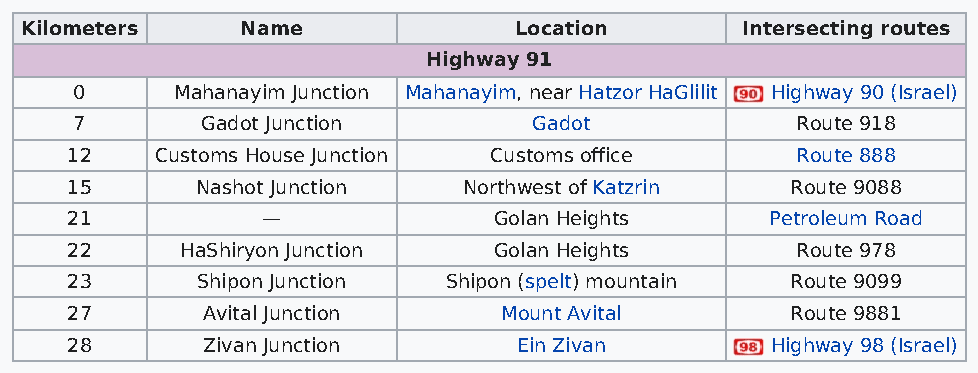
Kilometers     Name              Location       Intersecting routes
 Highway 91
 0      Mahanayim Junction Mahanayim, near Hatzor HaGlilit Highway 90 (Israel)
 7       Gadot Junction        Gadot             Route 918
 12    Customs House Junction Customs office      Route 888
 15       Nashot Junction   Northwest of Katzrin Route 9088
 21           —               Golan Heights     Petroleum Road
 22      HaShiryon Junction   Golan Heights       Route 978
 23       Shipon Junction Shipon (spelt) mountain Route 9099
 27       Avital Junction     Mount Avital       Route 9881
 28       Zivan Junction       Ein Zivan        Highway 98 (Israel)